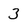
Character: 3